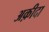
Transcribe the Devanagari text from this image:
अक़ीदा